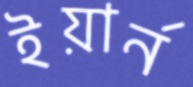
ইয়ার্ন